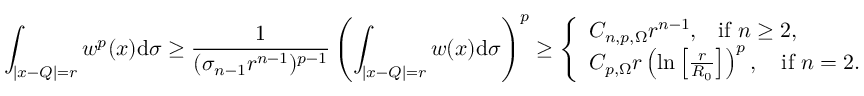
\int _ { | x - Q | = r } w ^ { p } ( x ) \mathrm { d } \sigma \geq \frac { 1 } { ( \sigma _ { n - 1 } r ^ { n - 1 } ) ^ { p - 1 } } \left( \int _ { | x - Q | = r } w ( x ) \mathrm { d } \sigma \right) ^ { p } \geq \left\{ \begin{array} { l l } { C _ { n , p , \Omega } r ^ { n - 1 } , \, \, \, \, \, \mathrm { i f } \, \, n \geq 2 , } \\ { C _ { p , \Omega } r \left( \ln \left[ \frac { r } { R _ { 0 } } \right] \right) ^ { p } , \, \, \, \, \, \, \mathrm { i f } \, \, n = 2 . } \end{array} \right.